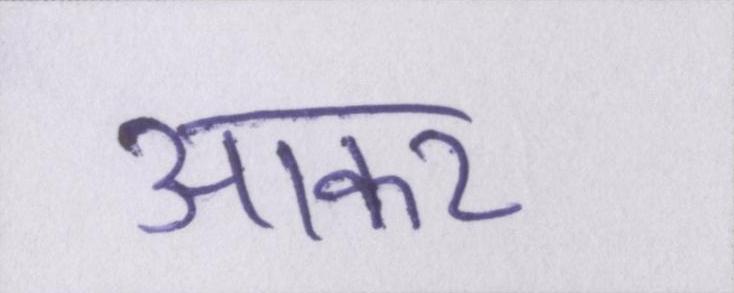
आकर